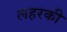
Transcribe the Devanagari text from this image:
लहरकी